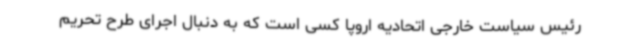
رئیس سیاست خارجی اتحادیه اروپا کسی است که به دنبال اجرای طرح تحریم